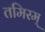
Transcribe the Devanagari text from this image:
तमिरम्